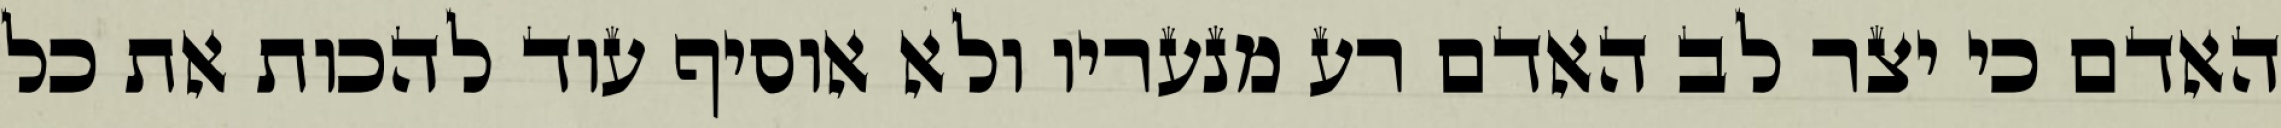
האדם כי יצר לב האדם רע מנעריו ולא אוסיף עוד להכות את כל